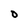
Character: O